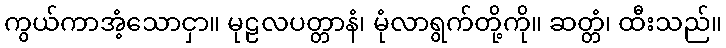
ကွယ်ကာအံ့သောငှာ။ မုဠလပတ္တာနံ၊ မုံလာရွက်တို့ကို။ ဆတ္တံ၊ ထီးသည်။